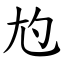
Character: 尥